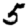
Digit: 5